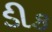
ડીક